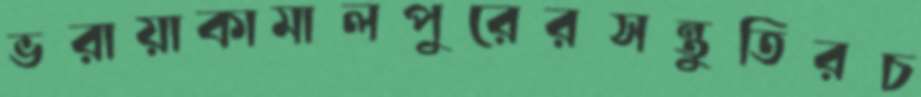
ভরায়াকামালপুরেরসন্তুতিরচ